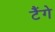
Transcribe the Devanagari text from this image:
टैंगे